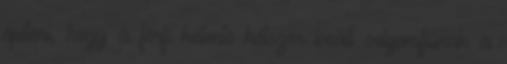
építeni, hogy a férfi hetente kétszer beáll selyemfiúnak a